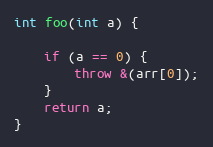
Language: C++
int foo(int a) {

    if (a == 0) {
        throw &(arr[0]);
    }
    return a;
}